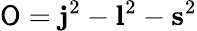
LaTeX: \mathsf{O}={\mathbf{j}}^{2}-{\mathbf{l}}^{2}-{\mathbf{s}}^{2}